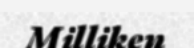
Milliken